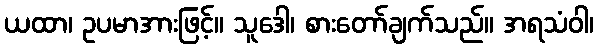
ယထာ၊ ဥပမာအားဖြင့်။ သူဒေါ၊ စားတော်ချက်သည်။ အရသံဝါ၊